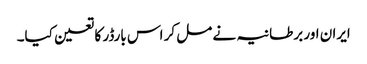
ایران اور برطانیہ نے مل کر اس بارڈر کا تعین کیا۔